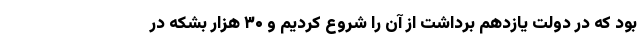
بود که در دولت یازدهم برداشت از آن را شروع کردیم و ۳۰ هزار بشکه در